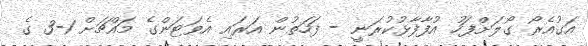
އަގުއެރޯ ގޯލަށްފަހު އުފާފާޅުކުރަނީ - ފަހަތުން އަރައި އެވަޓަންގެ މައްޗަށް 1-3 ގެ